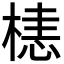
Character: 𬃰